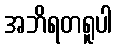
အဘိရတရူပါ